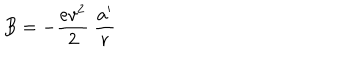
B = - \frac { e v ^ { 2 } } { 2 } \ \frac { a ^ { \prime } } r